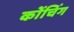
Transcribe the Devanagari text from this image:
कोंचिंग